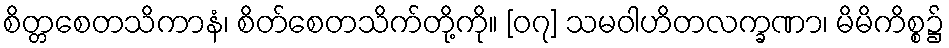
စိတ္တစေတသိကာနံ၊ စိတ်စေတသိက်တို့ကို။ [၀၇] သမဝါဟိတလက္ခဏာ၊ မိမိကိစ္စ၌